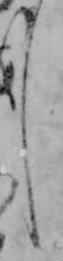
し